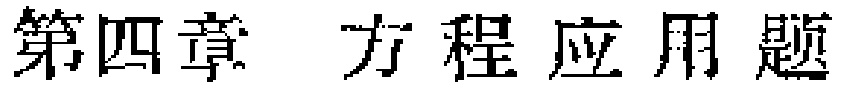
第四章 方程应用题